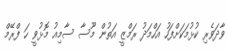
ވާދަވެރި ކުޅުމަކަށްފަހު އަހްމަދު ރަމްޒީ އަތުން މޫސާ ސާމިއު މޮޅުވީ ހަ ފްރޭމް